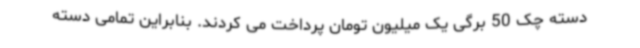
دسته چک 50 برگی یک میلیون تومان پرداخت می کردند. بنابراین تمامی دسته